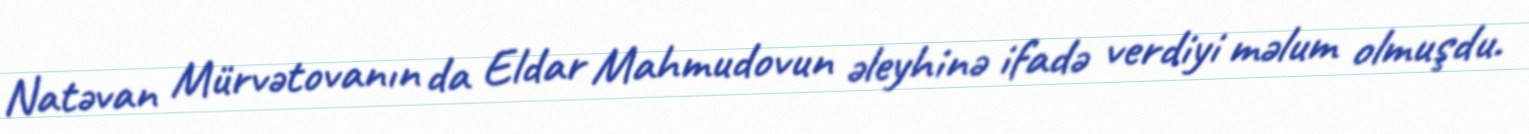
Natəvan Mürvətovanın da Eldar Mahmudovun əleyhinə ifadə verdiyi məlum olmuşdu.